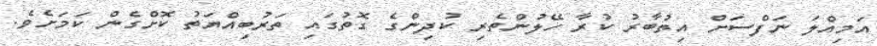
އަމިއްލަ ނަފްސަށް އިތުބާރު ކުރާ ހޭލުންތެރި ކުދިންގެ ގޮތުގައި ތަރުބިއްޔަތު ކޮށްގެން ކަމަށެވެ.